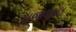
રાજપાલ